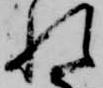
れ